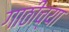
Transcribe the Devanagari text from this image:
गाठींच्या